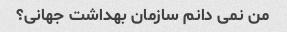
من نمی دانم سازمان بهداشت جهانی؟